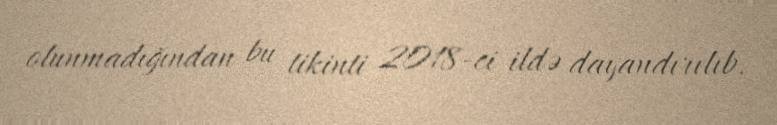
olunmadığından bu tikinti 2018-ci ildə dayandırılıb.